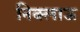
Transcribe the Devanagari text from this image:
निक्लाऊ